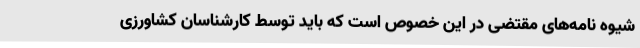
شیوه نامه‌های مقتضی در این خصوص است که باید توسط کارشناسان کشاورزی